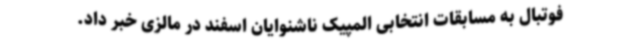
فوتبال به مسابقات انتخابی المپیک ناشنوایان اسفند در مالزی خبر داد.